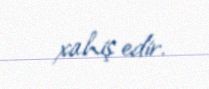
xahiş edir.